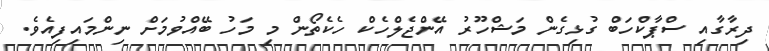
ދިރާގާއި ސްޕާކްހަބް ގުޅިގެން މަޝްހޫރު އޭންޖެލްހެކް ހެކެތޯން މި މަހު ބޭއްވުމަށް ނިންމައިފިއެވެ.